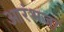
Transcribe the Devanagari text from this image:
आरंभजा